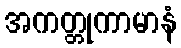
အကတ္တုကာမာနံ